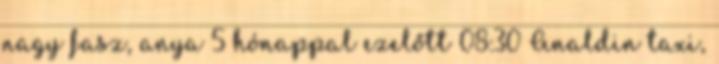
nagy fasz, anya 5 hónappal ezelőtt 08:30 Analdin taxi,